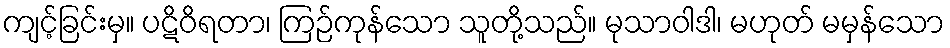
ကျင့်ခြင်းမှ။ ပဋိဝိရတာ၊ ကြဉ်ကုန်သော သူတို့သည်။ မုသာဝါဒါ၊ မဟုတ် မမှန်သော